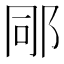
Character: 𨚯